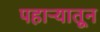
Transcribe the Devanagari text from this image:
पहाऱ्यातून